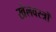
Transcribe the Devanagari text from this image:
खेलवस्त्रों